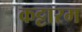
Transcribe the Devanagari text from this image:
कट्टारम